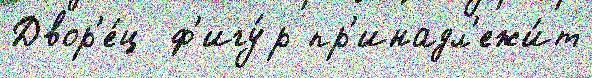
Двор'е́ц  ф'игу́р пр'инадл'ежи́т